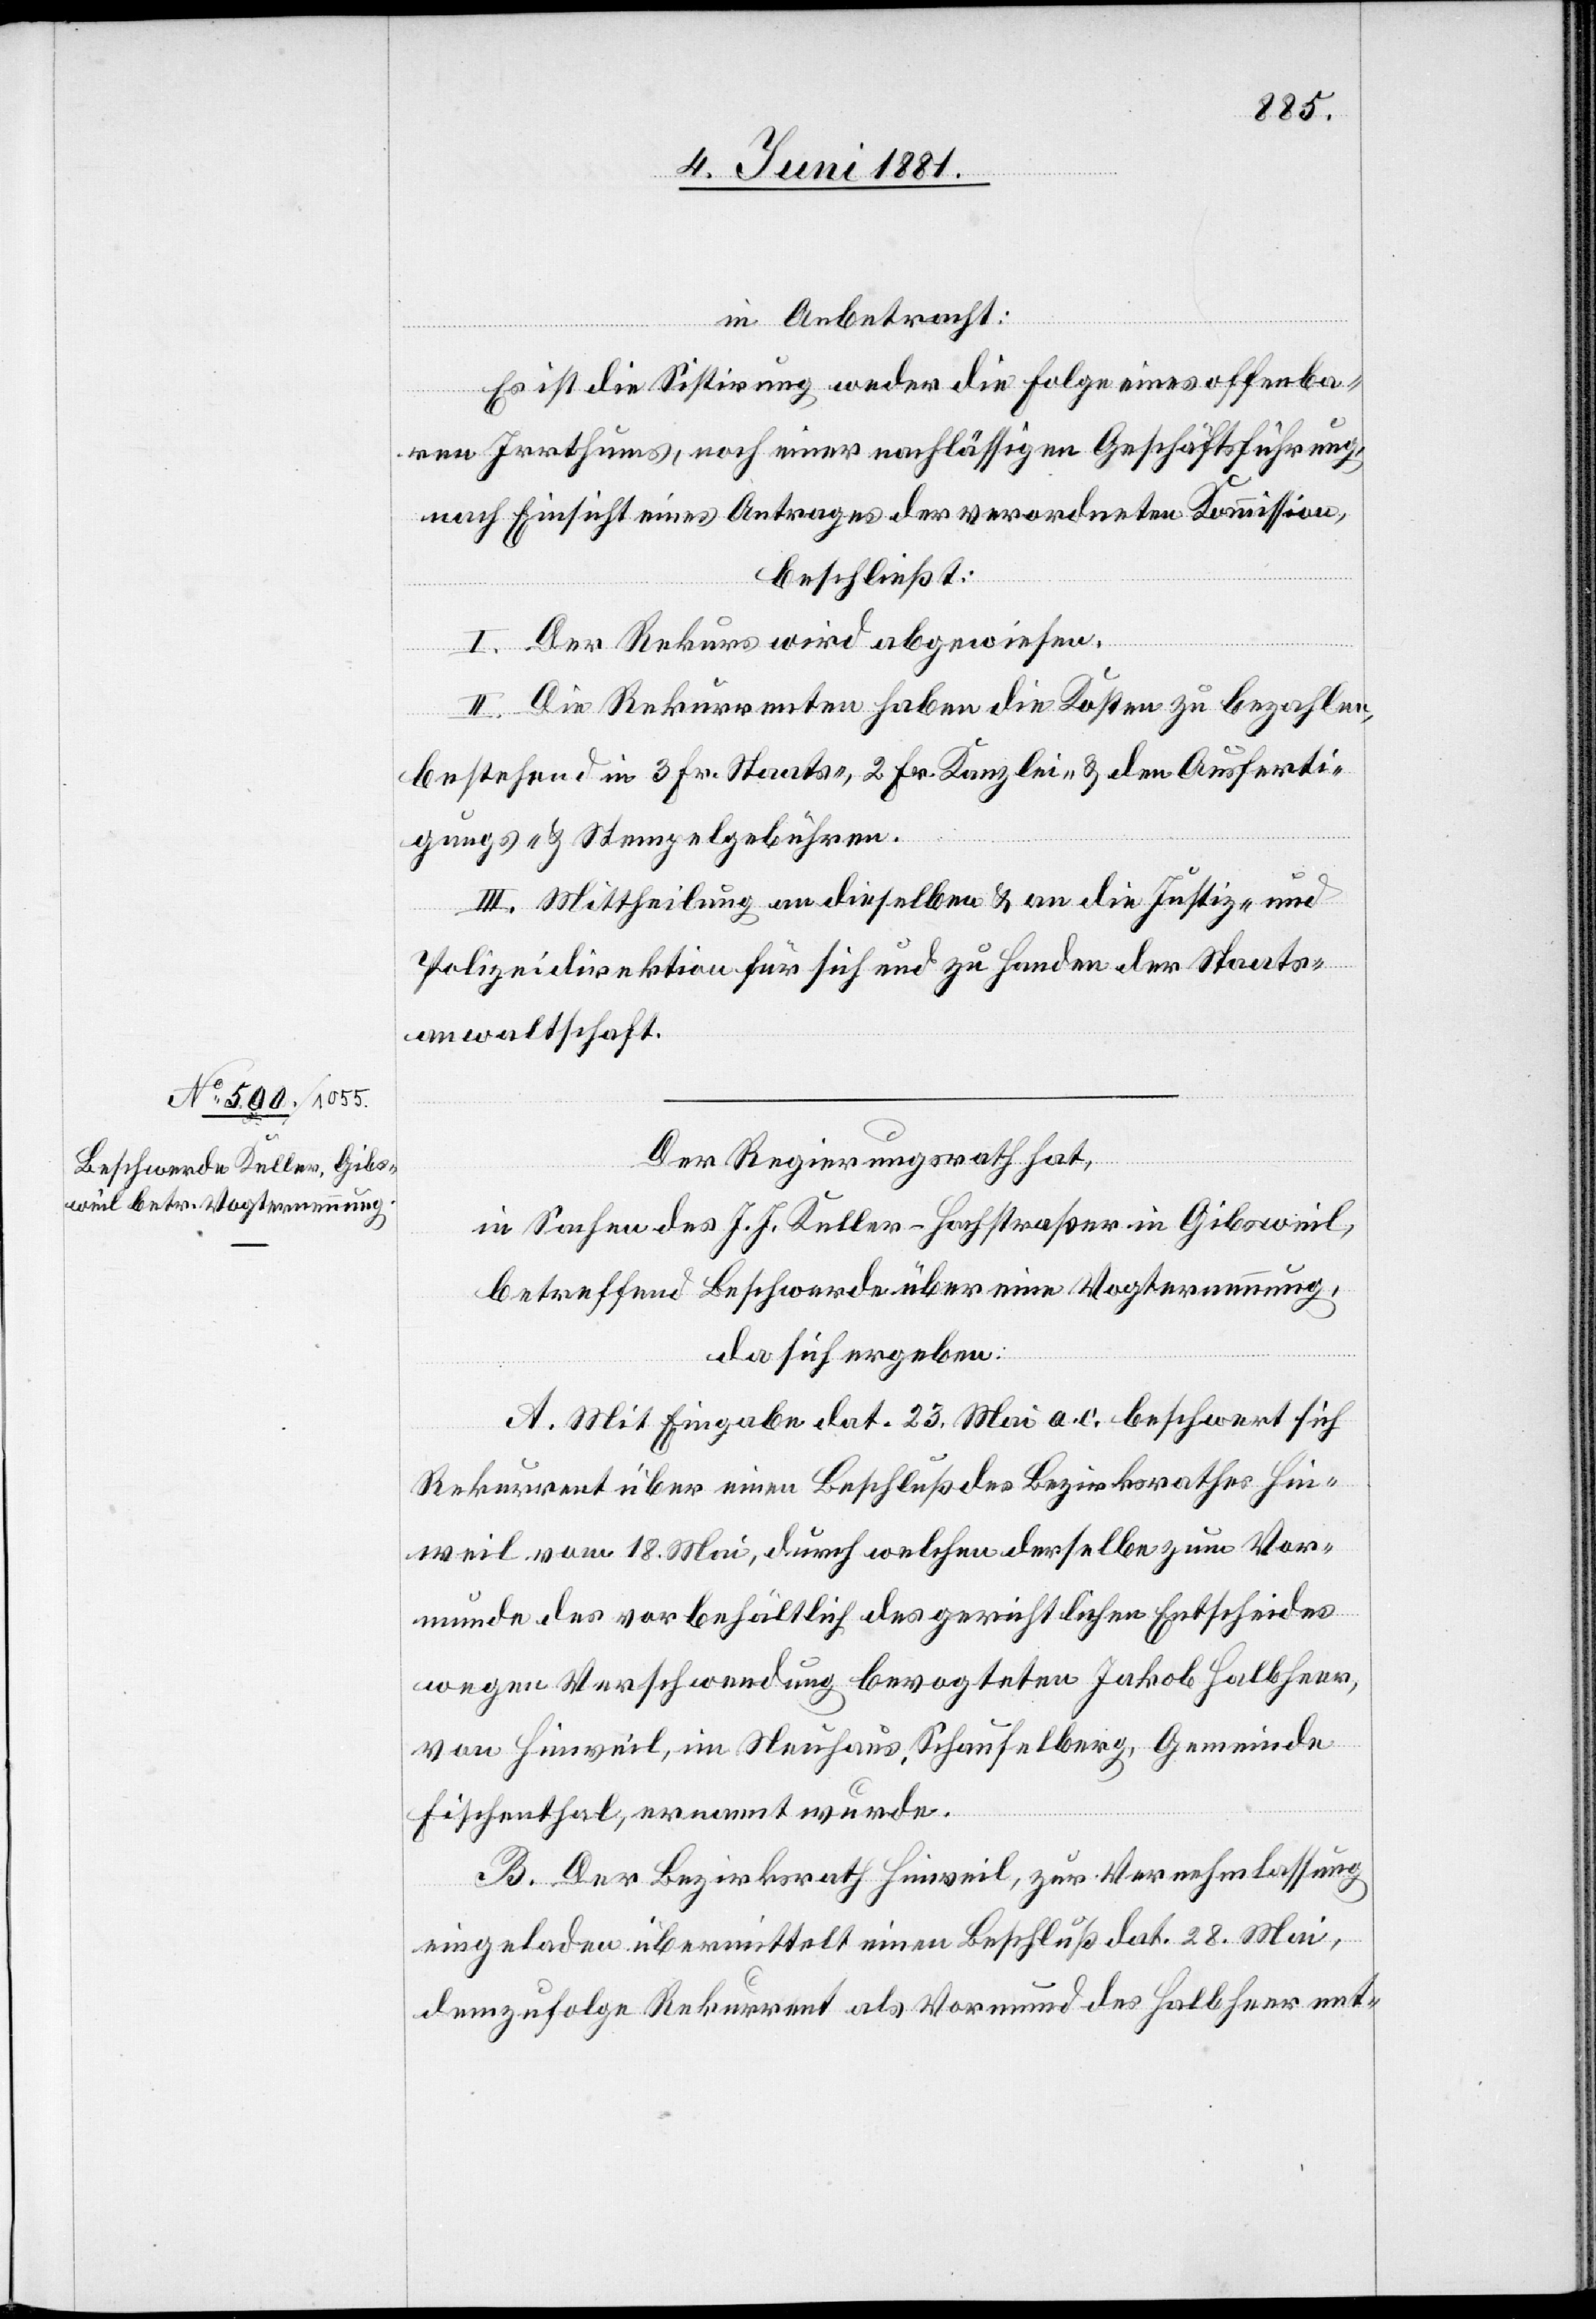
Der Regierungsrath hat,
in Sachen des J. J. Keller-Hochstraßer in Gibsweil,
betreffend Beschwerde über eine Vogternennung,
da sich ergeben
A. Mit Eingabe dat. 23. Mai a. c. beschwert sich
Rekurrent über einen Beschluß des Bezirksrathes Hin¬
weil vom 18. Mai, durch welchen derselbe zum Vor¬
munde des vorbehältlich des gerichtlichen Entscheides
wegen Verschwendung bevogteten Jakob Halbheer,
von Hinweil, im Neuhaus, Schaufelberg, Gemeinde
Fischenthal, ernannt wurde.
B. Der Bezirksrath Hinweil, zur Vernehmlassung
eingeladen übermittelt einen Beschluß dat. 28. Mai,
demzufolge Rekurrent als Vormund des Halbheer ent-